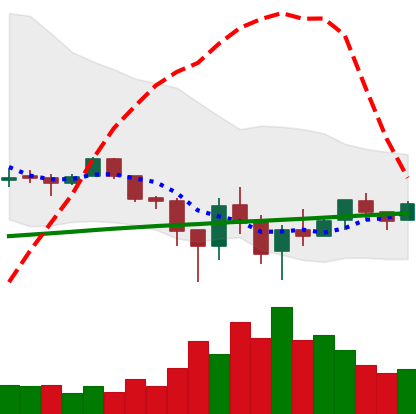
Ticker: LTC-USD
Chart end date: 2018-02-12
Forward return: 42.026%
Label: up_7plus